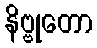
နိဗ္ဗုတော